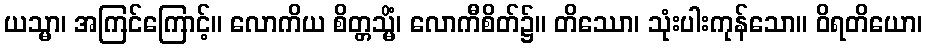
ယသ္မာ၊ အကြင်ကြောင့်။ လောကိယ စိတ္တသ္မိံ၊ လောကီစိတ်၌။ တိဿော၊ သုံးပါးကုန်သော။ ဝိရတိယော၊